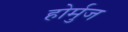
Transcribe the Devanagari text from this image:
होर्मुज